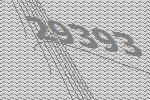
29393